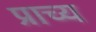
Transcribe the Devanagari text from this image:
प्राच्‍य